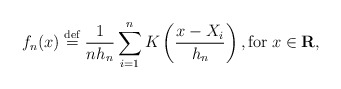
\begin{align*}f_{n}(x)\stackrel{\rm def}{=}\frac{1}{nh_{n}}\sum_{i=1}^{n}K\left( \frac{x-X_{i}}{h_{n}}\right) ,\mbox{for}\;x\in {\bf R}, \end{align*}